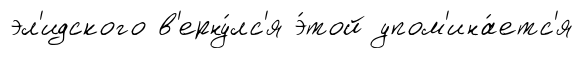
эл'идского в'ерну́лс'я э́той упом'ина́етс'я